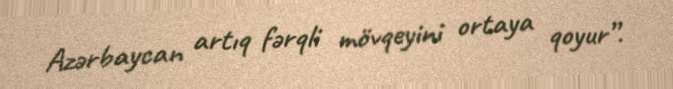
Azərbaycan artıq fərqli mövqeyini ortaya qoyur”.